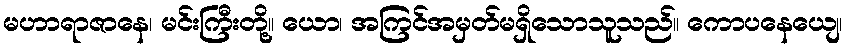
မဟာရာဇာနေ၊ မင်းကြီးတို့။ ယော၊ အကြင်အမှတ်မရှိသောသူသည်။ ကောပနေယျေ၊